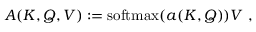
A ( K , Q , V ) : = \mathrm { s o f t m a x } ( a ( K , Q ) ) V ~ ,